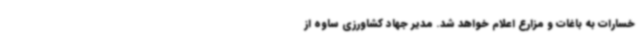
خسارات به باغات و مزارع اعلام خواهد شد. مدیر جهاد کشاورزی ساوه از